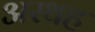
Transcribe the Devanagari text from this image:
अरथह